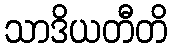
သာဒိယတီတိ